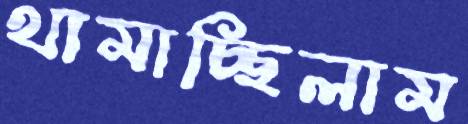
থামাচ্ছিলাম